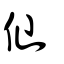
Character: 屳